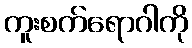
ကူးစက်ရောဂါကို